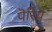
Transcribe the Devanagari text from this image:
पॆरिय